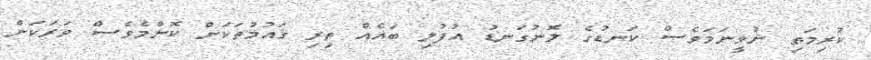
ކުރިމަތި ނުވީނަމަވެސް ކަނޑުގެ ލޮނުގަނޑު އުފުލި ބައެއް ތިރި ޤައުމުތަކަށް ކޮންމެވެސް ވަރަކަށް